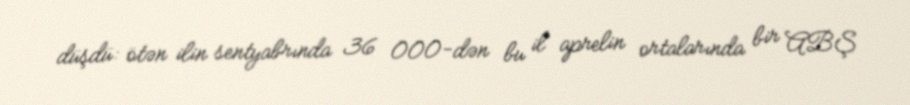
düşdü: ötən ilin sentyabrında 36 000-dən bu il aprelin ortalarında bir ABŞ